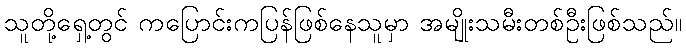
သူတို့ရှေ့တွင် ကပြောင်းကပြန်ဖြစ်နေသူမှာ အမျိုးသမီးတစ်ဦးဖြစ်သည်။